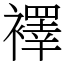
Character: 襗